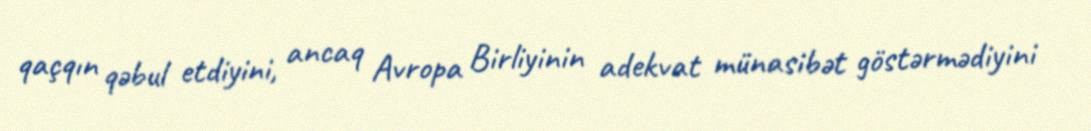
qaçqın qəbul etdiyini, ancaq Avropa Birliyinin adekvat münasibət göstərmədiyini